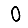
Digit: 0